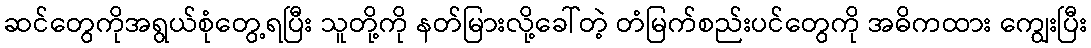
ဆင်တွေကိုအရွယ်စုံတွေ့ရပြီး သူတို့ကို နတ်မြားလို့ခေါ်တဲ့ တံမြက်စည်းပင်တွေကို အဓိကထား ကျွေးပြီး